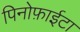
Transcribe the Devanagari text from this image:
पिनोफ़ाईटा